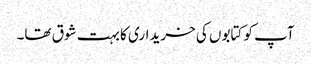
آپ کو کتابوں کی خریداری کا بہت شوق تھا۔